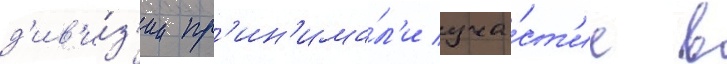
д'ив'и́з'ии пр'ин'има́л'и уча́ст'ие в